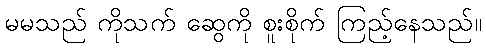
မမသည် ကိုသက် ဆွေကို စူးစိုက် ကြည့်နေသည်။